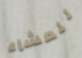
للعشاء